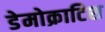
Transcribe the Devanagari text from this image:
डेमोक्राटिश